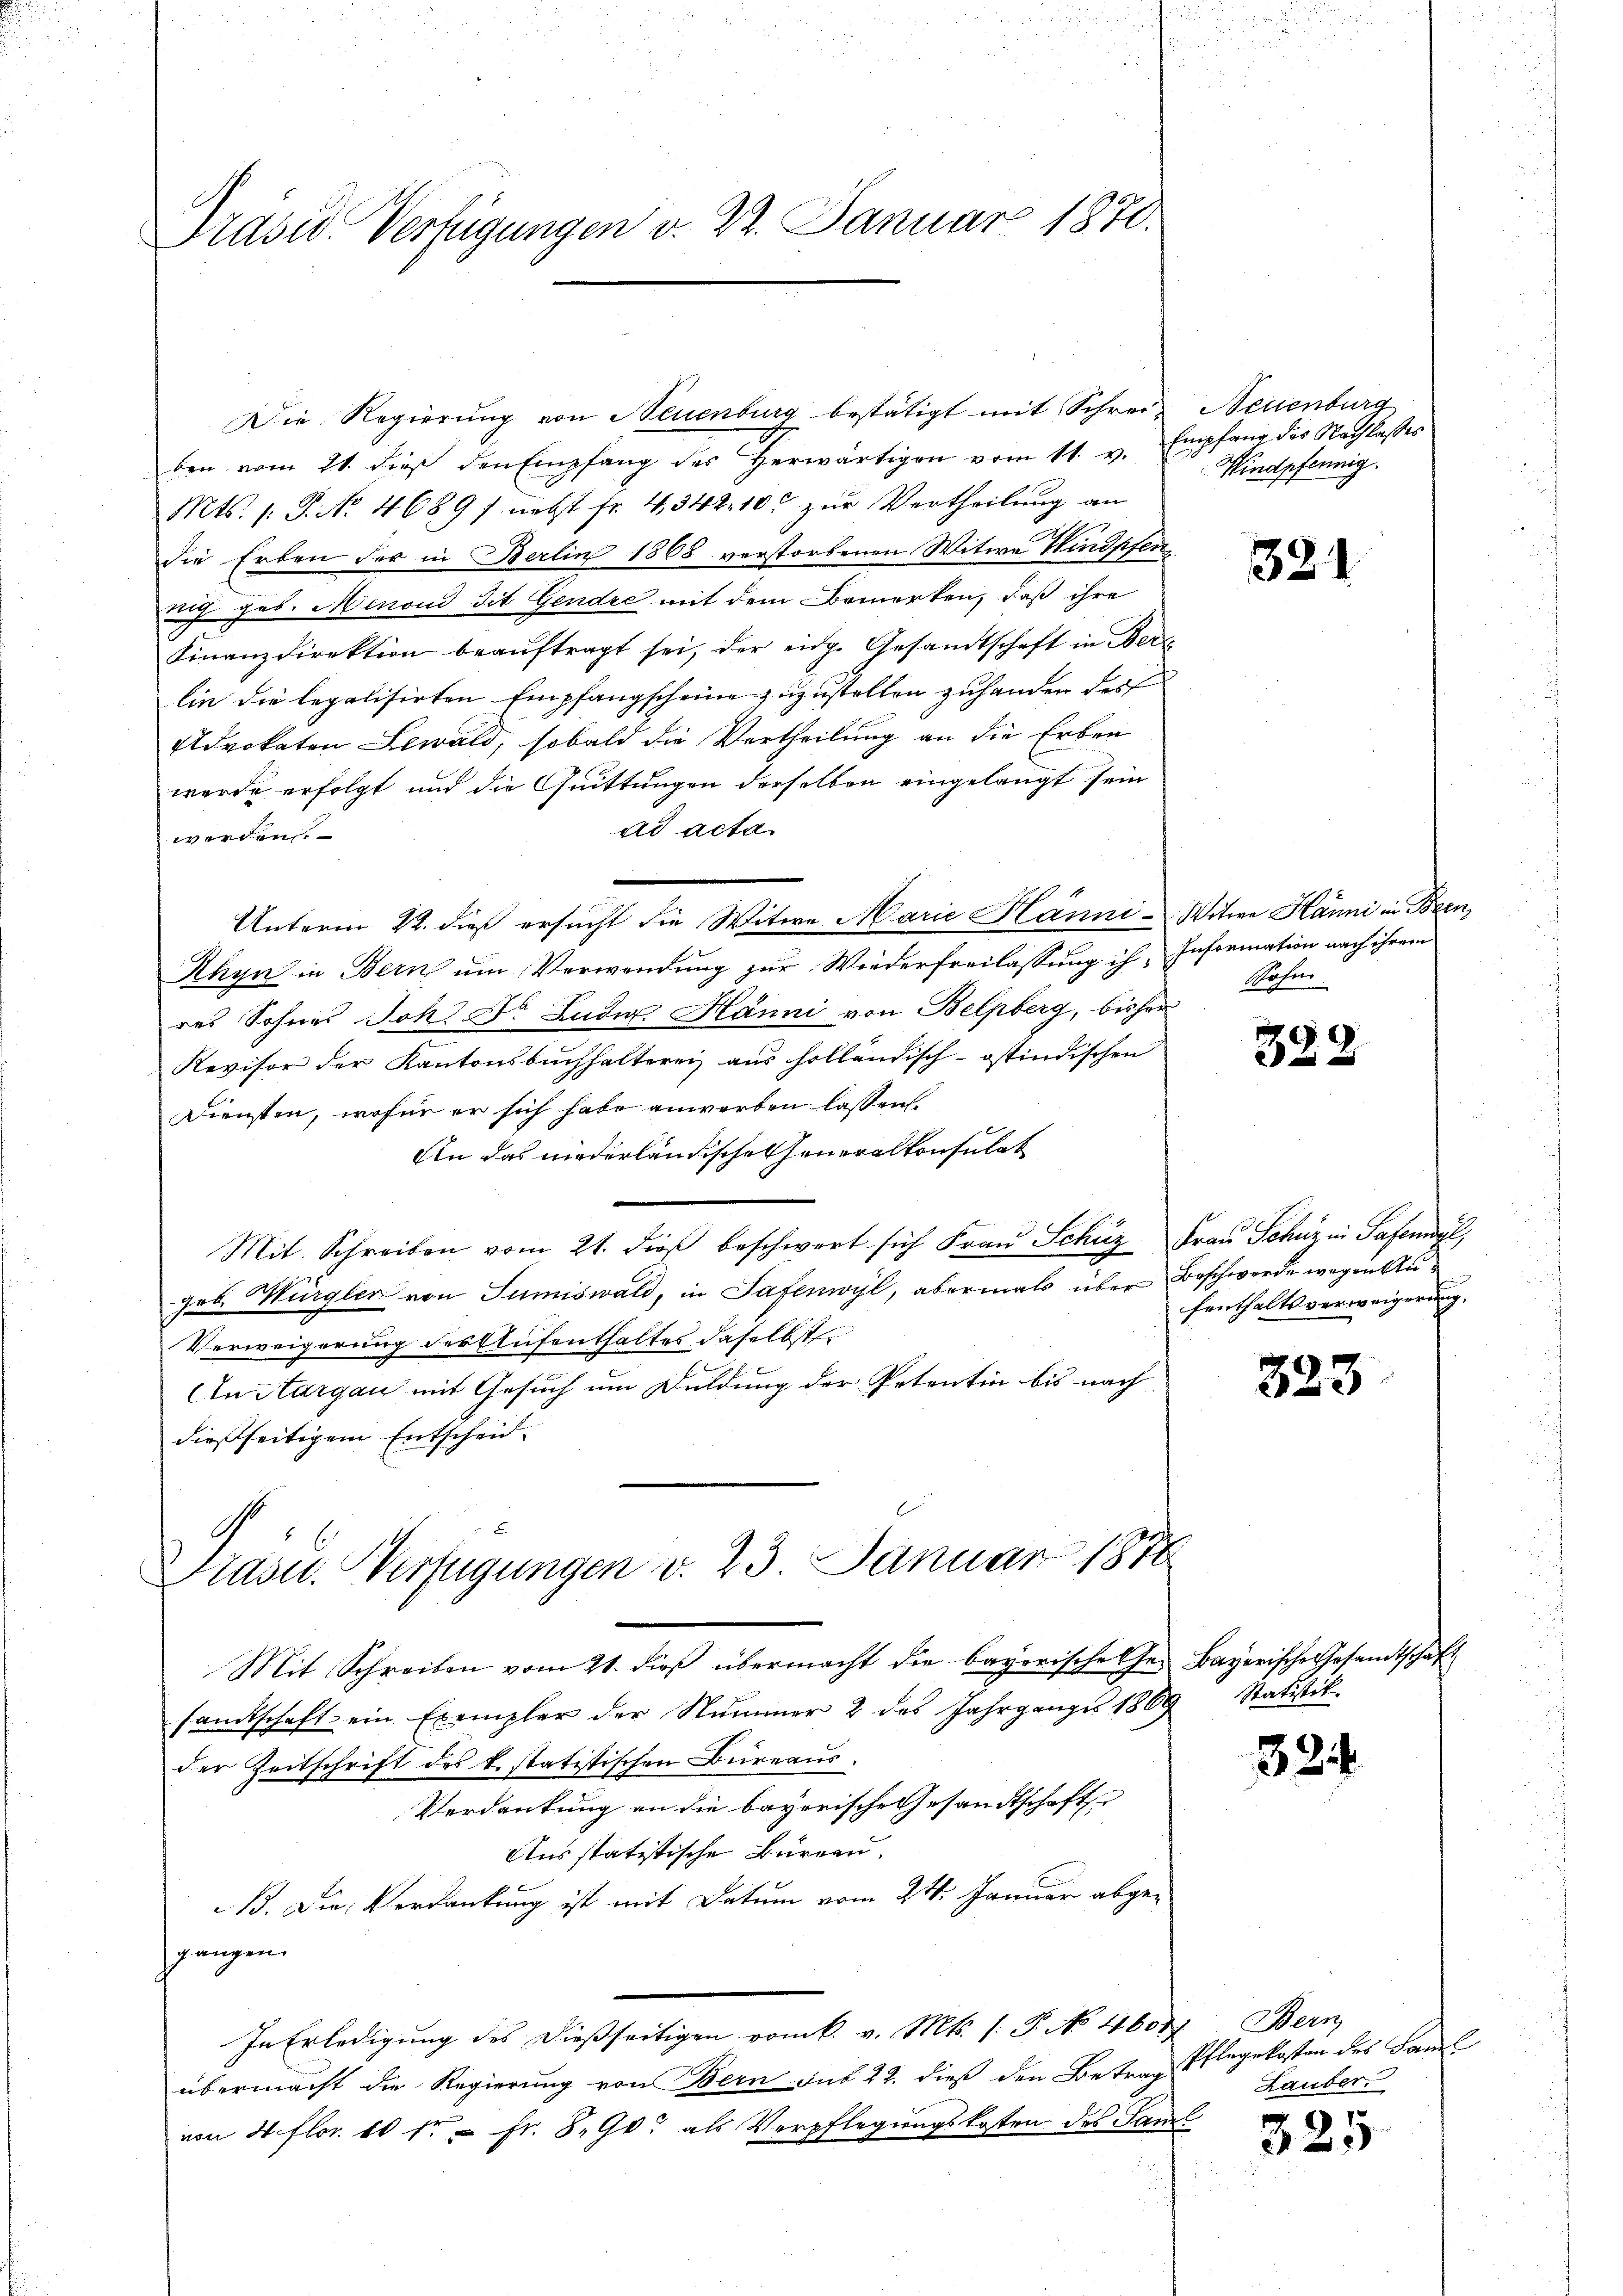
Präsid. Verfügungen v. 22. Januar 1870.

Die Regierung von Neuenburg bestätigt mit Schreiben vom 21. dieß den Empfang des herwärtigen vom 11. v. Empfang des Nachlasses
Mts. 1. J. No. 4689) nebst fr. 4342. 100 zur Vertheilung an
die Erben der in Berlin 1868 verstorbenen Witwe Hindpfenauf geb. Menoud Tit. Gendre mit dem Bemerken, daß ihre
Finanzdirektion beaŭftragt sei, der eidg. Gesandtschaft in Bere
lin die legalisirten Empfangscheine zuzustellen zuhanden des
Advokaten Lewald, sobald die Vertheilung an die Erben
werde erfolgt und die Quittungen derselben eingelangt sein
ad acta
werden
Rhyn in Bern um Verwendung zur Wiederfreilassung ih-Information nach ihrem
res Sohnes Joh. Fr. Ludi Hänni von Belpberg, bisher
Revisor der Kantonsbuchhalterei aus holländisch-östindischen
Diensten, wofür er sich habe anwerben lassen.
An das niederländischeheneralkonsulat
Mit Schreiben vom 21. dieβ beschwert sich Fraŭ Schüz Frau Schüz in Safenweil,
geb. Würgler von Sumiswald, in Tafenwyl, abermals über Beschwerde wegen Au¬
Verweigerung des Aufenthaltes daselbst
An Aargau mit Gesuch um Duldung der Petentin bis nach
dießseitigem Entscheid.

Präsid.. Verfügungen v. 23. Januar 1878
Mit Schreiben vom 21. dieß übermacht die bayerische Ge- Bayerische Gesandtschaft

Unterm 22. dieß ersucht die Witwe Marie Hänni- Witwe Hanni in Bern,

sandtschaft ein Exempler der Nummer 2 des Jahrganges 1869 Statistik
der Zeitschrift des bestatistischen Bureaus.
Verdankung an die bayerische Gesandtschaft
Ausstatistische Büreau,
B. Die Verdankung ist mit Datum vom 24. Januar abgegangen.
In Erledigung des dießseitigen vom k. v. Mts. (: P. No 46047 Bern,
übermacht die Regierung von Bern aus 22. dieß den Betrag
von 4 flor 10 fr = Fr. 8. 90. als Verpflegungskosten des Saml

Neuenburg
Hindpfennig.

321

Sohn.

328

fenthaltsverweigerung.

323

324

Pflegekosten des Famil
Lauber

325